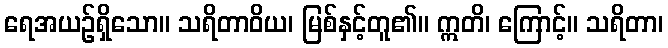
ရေအယဉ်ရှိသော။ သရိတာဝိယ၊ မြစ်နှင့်တူ၏။ ဣတိ၊ ကြောင့်။ သရိတာ၊